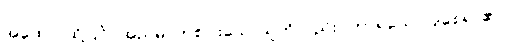
အထော၊ ထို့ပြင်။ အညမ္ပိ၊ တစ်ပါးသောသူကိုလည်း။ ကာရယေ၊ ပြုစေရာ၏။